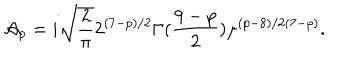
{ \cal A } _ { p } = i \sqrt { \frac { 2 } { \pi } } { 2 ^ { ( 7 - p ) / 2 } } { \Gamma ( \frac { 9 - p } { 2 } ) } \mu ^ { ( p - 8 ) / 2 ( 7 - p ) } .